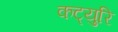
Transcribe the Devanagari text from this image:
कट्युरि